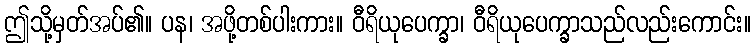
ဤသို့မှတ်အပ်၏။ ပန၊ အဖို့တစ်ပါးကား။ ဝီရိယုပေက္ခာ၊ ဝီရိယုပေက္ခာသည်လည်းကောင်း။